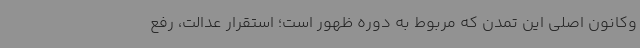
وکانون اصلی این تمدن که مربوط به دوره ظهور است؛ استقرار عدالت، رفع